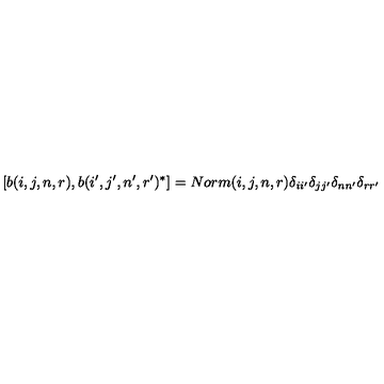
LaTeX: [ b ( i , j , n , r ) , b ( i ^ { \prime } , j ^ { \prime } , n ^ { \prime } , r ^ { \prime } ) ^ { * } ] = N o r m ( i , j , n , r ) \delta _ { i i ^ { \prime } } \delta _ { j j ^ { \prime } } \delta _ { n n ^ { \prime } } \delta _ { r r ^ { \prime } }